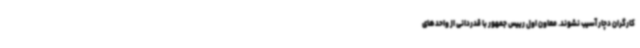
کارگران دچار آسیب نشوند. معاون اول رییس جمهور با قدردانی از واحدهای